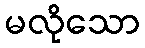
မလိုသော